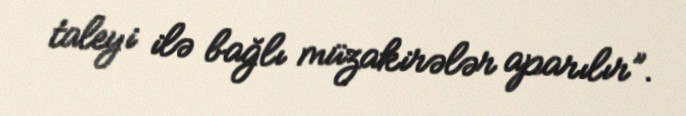
taleyi ilə bağlı müzakirələr aparılır”.